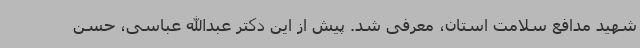
شهید مدافع سلامت استان، معرفی شد. پیش از این دکتر عبدالله عباسی، حسن